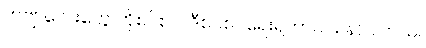
ကဗျာလေးတွေ ဟိုစပ်စပ်၊ ဒီစပ်စပ်ရေးရတာဝါသနာပါတယ်။